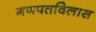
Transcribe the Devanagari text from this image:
गणपतविलास